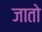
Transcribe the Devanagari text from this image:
जाताे